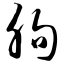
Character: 朐